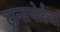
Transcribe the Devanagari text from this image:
ट्रान्सपोर्टचा